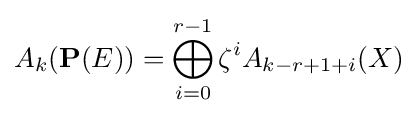
A_{k}(\mathbf {P} (E))=\bigoplus _{i=0}^{r-1}\zeta ^{i}A_{k-r+1+i}(X)